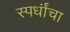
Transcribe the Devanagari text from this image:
स्पर्धांंचा